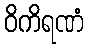
ဝိကိရဏံ